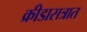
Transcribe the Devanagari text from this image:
क्रीडासत्रात